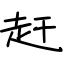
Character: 赶